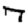
Digit: 7